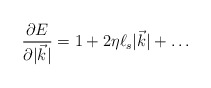
\begin{align*}\frac{\partial E}{\partial |{\vec k}|} = 1 + 2\eta \ell_s|{\vec k}| + \dots \end{align*}